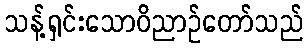
သန့်ရှင်းသောဝိညာဉ်တော်သည်